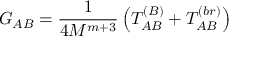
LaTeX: G _ { A B } = \frac { 1 } { 4 M ^ { m + 3 } } \left( T _ { A B } ^ { ( B ) } + T _ { A B } ^ { ( b r ) } \right)